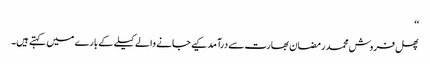
‘‘
پھل فروش محمد رمضان بھارت سے درآمد کیے جانے والے کیلے کے بارے میں کہتے ہیں۔